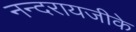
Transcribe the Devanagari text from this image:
नन्दरायजीके